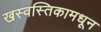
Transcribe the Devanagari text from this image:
खस्वस्तिकामधून